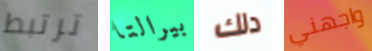
ترتبط بيرالتا دلك واجهني